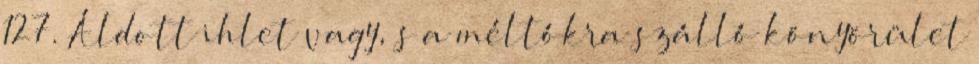
127. Áldott ihlet vagy, s a méltókra szálló könyörület